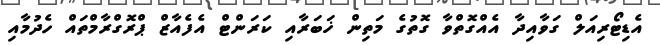
އެޑިޓޯރިއަލް ގަވާއިދާ އެއްގޮތްވާ ގޮތުގެ މަތިން ޚަބަރާއި ކަރަންޓް އެފެއާޒް ޕްރޮގްރާމްތައް ހެދުމާއި